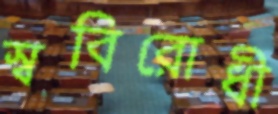
স্ববিরোধী